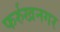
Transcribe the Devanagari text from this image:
फर्रुखनगर